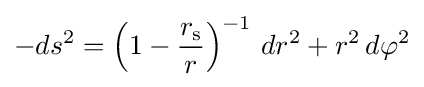
-ds^{2}=\left(1-{\frac {r_{\text{s}}}{r}}\right)^{-1}\,dr^{2}+r^{2}\,d\varphi ^{2}